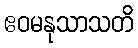
ဧဝမနုသာသတိ